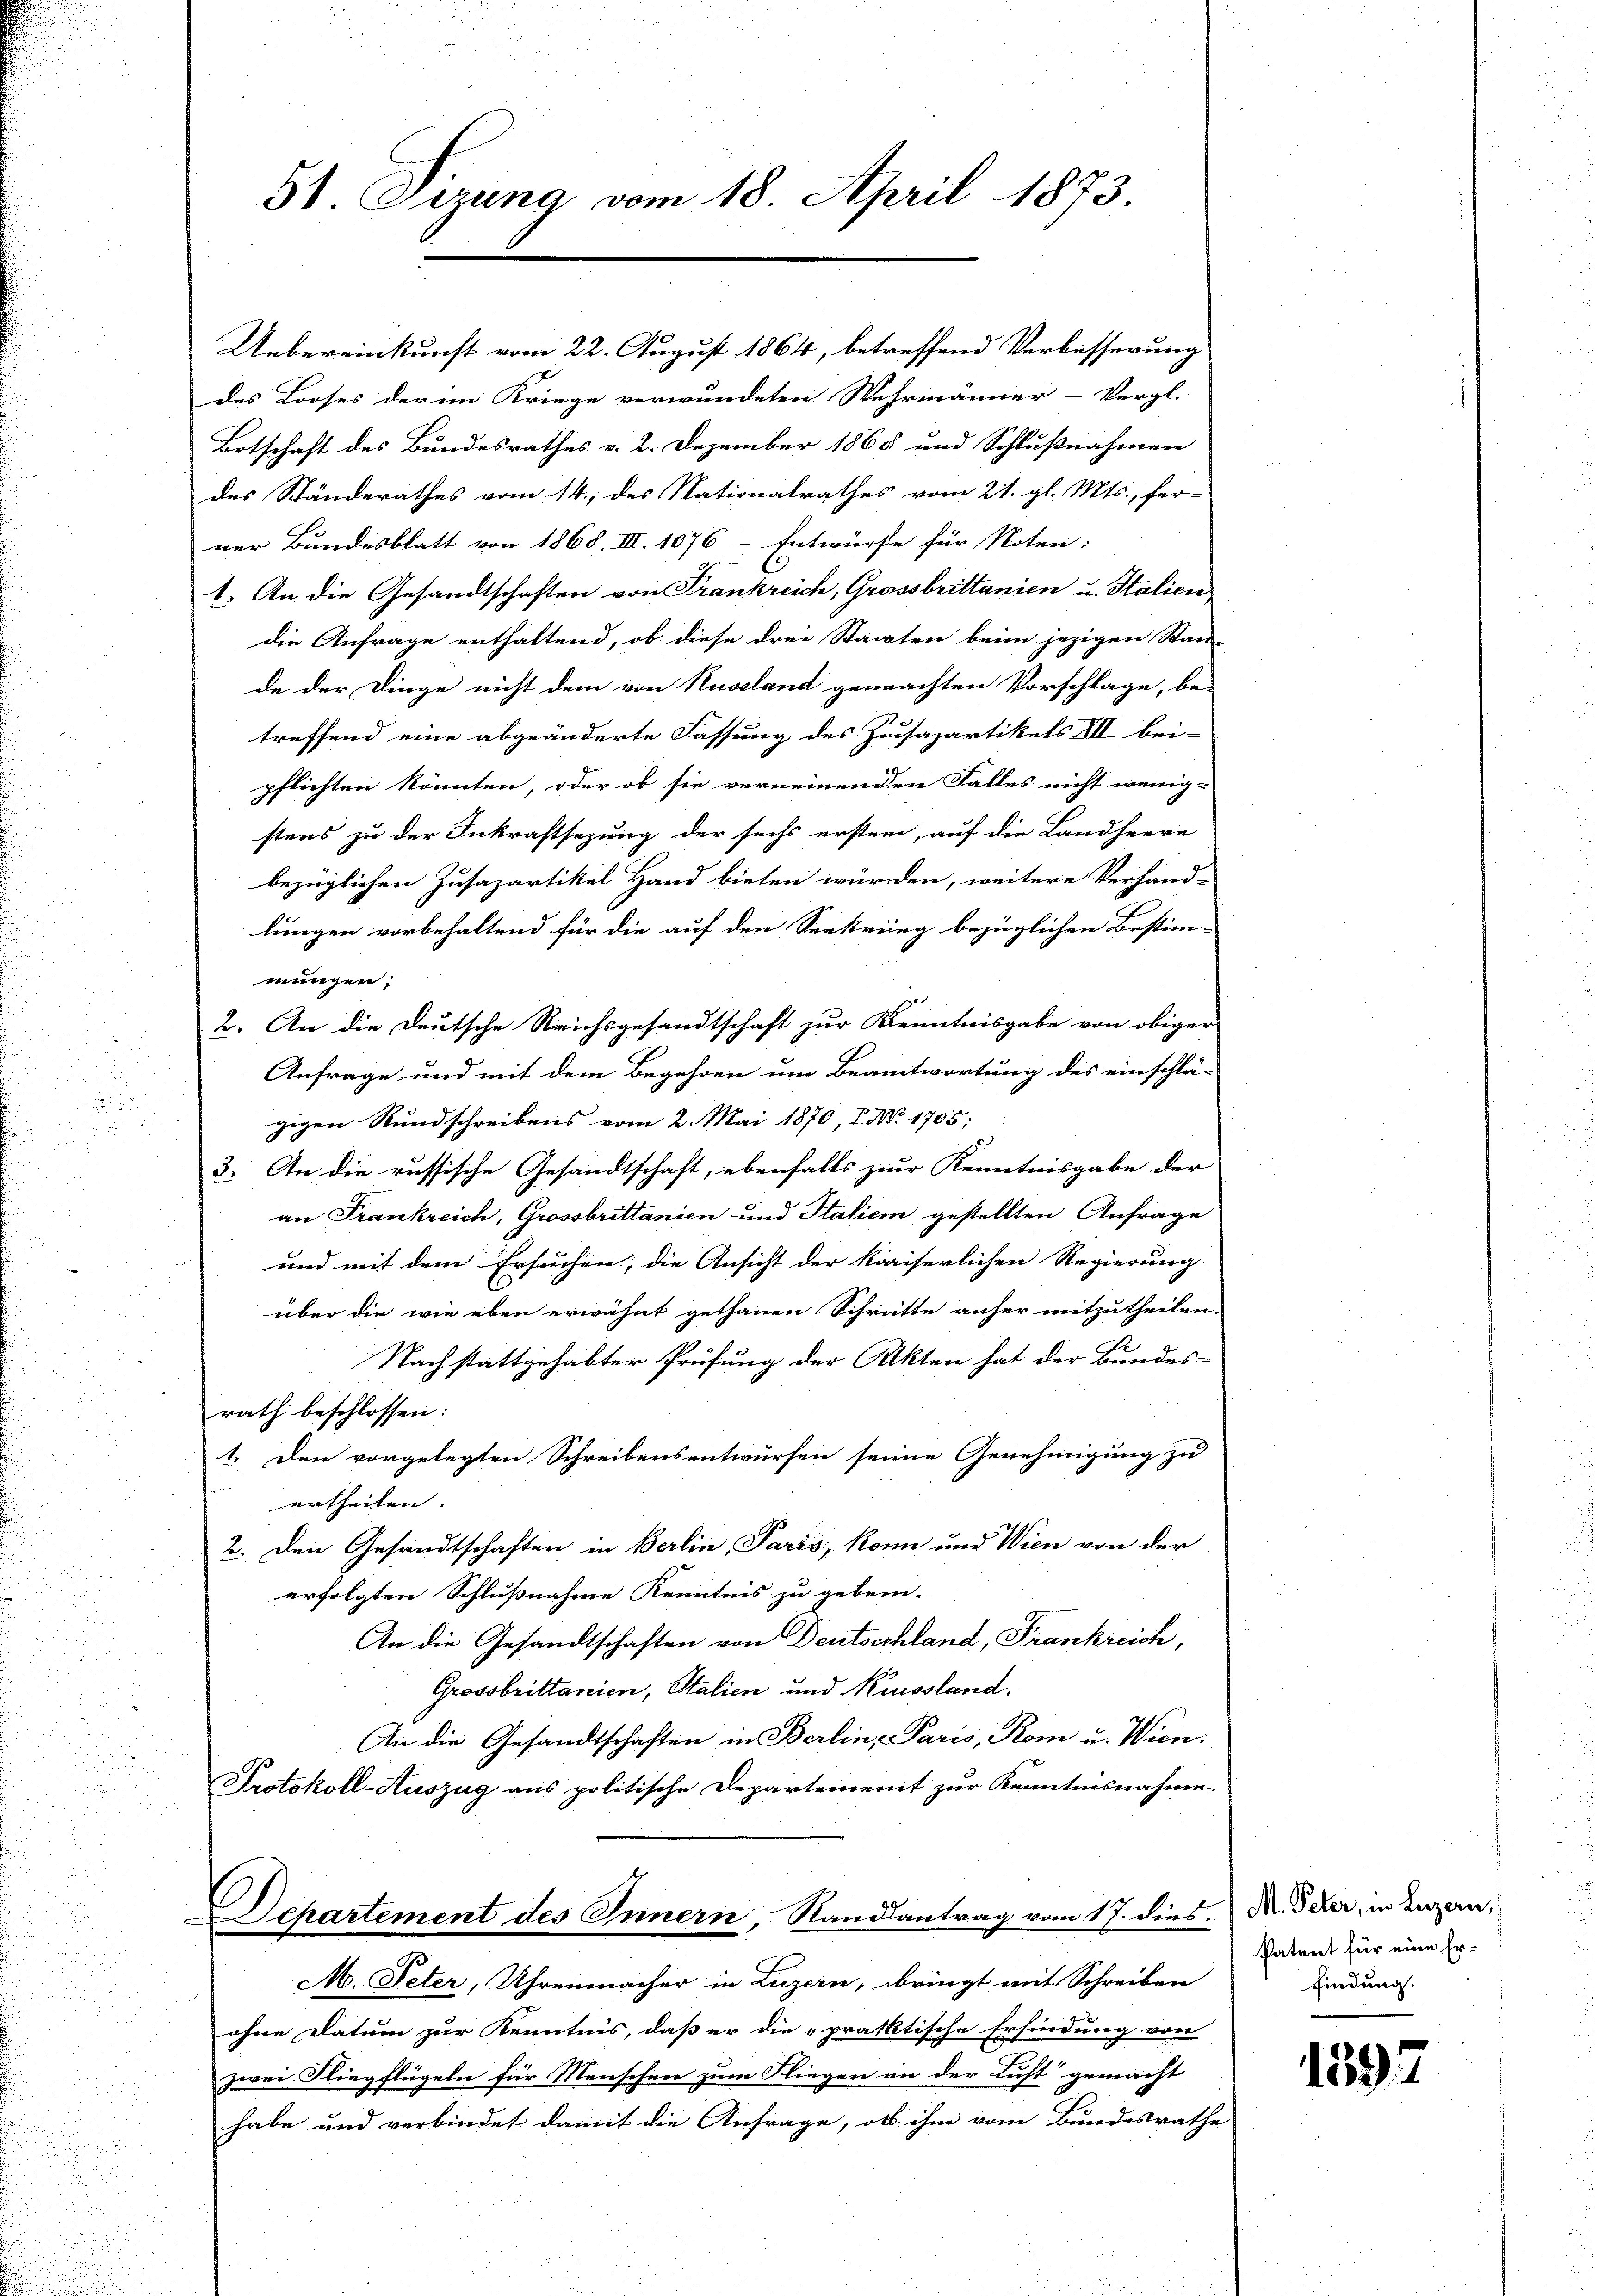
2

51 Dezuna vom 18. April 1873.

Uebereinkunft vom 22. August 1864, betreffend Verbesserung
des Looses der im Kriege verwundeten Wehrmänner-Vergl.
Botschaft des Bundesrathes v. 2. Dezember 1868 und Schlußnahmen
des Ständerathes vom 14., des Nationalrathes vom 21. gl. Mts., fer-
ner Bundesblatt von 1868. III. 1076 - Entwurfe für Noten.
1. An die Gesandtschaften von Frankreich, Grossbrittanien u. Stalien
die Anfrage enthaltend, ob diese drei Staaten beim jezigen Stan
de der Dinge nicht dem von Russland gemachten Vorschlage, be-
treffend eine abgeänderte Fassung des Zusapartikels III bei-
pflichten könnten, oder ob sie verneinenden Falles nicht wenig-
stens zu der Inkraftsezung der sechs ersten, auf die Landherre
bezüglichen Zusazartikel Hand bieten würden, weitere Verhand-
lungen vorbehaltend für die auf den Seekrieg bezüglichen Bestim-
mungen,
2. An die Deutsche Reichsgesandtschaft zur Kenntnisgabe von obiger
Anfrage und mit dem Begehren um Beantwortung des einschlä-
gigen Rundschreibens vom 2. Mai 1870, 1. No. 1705.
3. An die russische Gesandtschaft, ebenfalls zur Kenntnisgabe der
an Frankreich, Grossbrittanien und Italien gestellten Anfrage
und mit dem Ersuchen, die Ansicht der kaiserlichen Regierung
über die wie eben erwähnt gethanen Schritte anher mitzutheilen.
Nachstattgehabter Prüfung der Akten hat der Bundes-
rath beschlossen:
1. Den vorgelegten Schreibensentwürfen seine Genehmigung zu
urtheilen. |
2. Den Gesandtschaften in Berlin, Paris, kann und Wien von der
erfolgten Schlußnahme Kenntnis zu geben.
An die Gesandtschaften von Deutschland, Frankreich,
Grossbrittanien, Italien und Russland.
An die Gesandtschaften in Berlin- Paris, Rom u. Wien.
Protokoll-Auszug aus politische Departement zur Kenntnisnahme.
Departement des Innern, Sandsantrag vom 17. dies.
M. Peter, Uhrenmacher in Luzern, bringt mit Schreiben
ohne Datum zur Kenntnis, daß er die „praktische Erfindung von
zwei Fliegflügeln für Menschen zum Fliegen in der Luft gemacht
habe und verbindet damit die Anfrage, ob ihm vom Bundesrathe

M. Peter, in Luzern,
Patent für eine Er-
findung.

1597